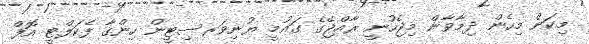
މިކަން މިހެން ދިމާވާން މިޖެހުނީ ރާއްޖޭގެ ގައުމީ ޔުނިވަރސިޓީން ހިންގާ ފެކަލްޓީ އޮފް